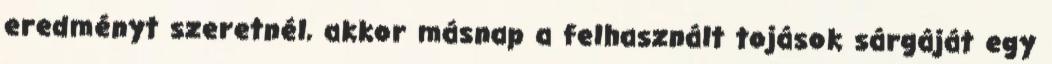
eredményt szeretnél, akkor másnap a felhasznált tojások sárgáját egy